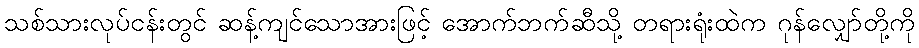
သစ်သားလုပ်ငန်းတွင် ဆန့်ကျင်သောအားဖြင့် အောက်ဘက်ဆီသို့ တရားရုံးထဲက ဂုန်လျှော်တို့ကို